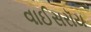
વાઈસરૉય